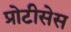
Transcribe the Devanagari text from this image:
प्रोटीसेस